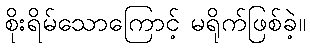
စိုးရိမ်သောကြောင့် မရိုက်ဖြစ်ခဲ့။